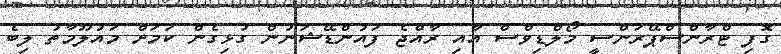
ގޮފި ޓްރާންސްޕޭރަންސީ މޯލްޑިވްސް އާއި ރާއްޖެ ފައުންޑޭޝަނުން ގުޅިގެން ކަަމަށް މައުލޫމާތު ލިބެ